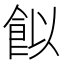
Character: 䬮